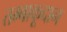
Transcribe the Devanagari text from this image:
तम्बाकूदान